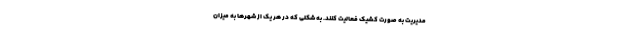
مدیریت به صورت کشیک فعالیت کنند. به شکلی که در هر یک از شهرها به میزان